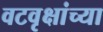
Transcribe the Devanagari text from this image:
वटवृक्षांच्या